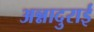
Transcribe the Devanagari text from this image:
अन्नादुराई